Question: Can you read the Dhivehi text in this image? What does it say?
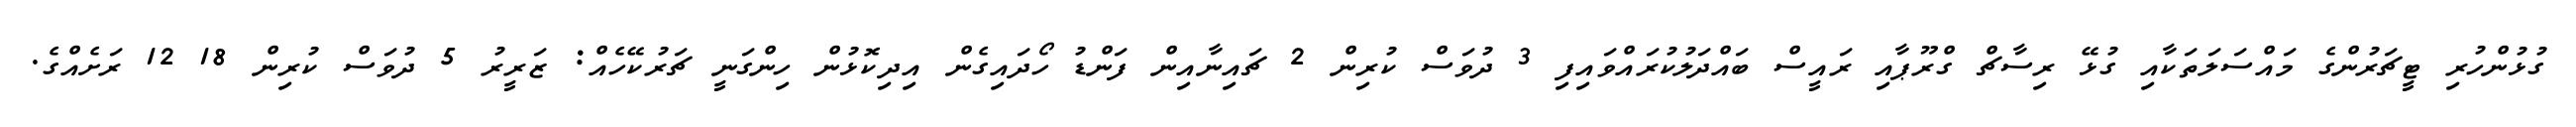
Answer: ގުޅުންހުރި ޓީޗަރުންގެ މައްސަލަތަކާއި ގުޅޭ ރިސާޗް ގްރޫޕާއި ރައީސް ބައްދަލުކުރައްވައިފި 3 ދުވަސް ކުރިން 2 ޗައިނާއިން ފަންޑު ހޯދައިގެން އިދިކޮޅުން ހިންގަނީ ޗަރުކޭހެއް: ޒަރީރު 5 ދުވަސް ކުރިން 18 12 ރަށެއްގެ.